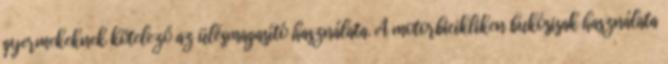
gyermekeknek kötelező az ülésmagasító használata. A motorbicikliken bukósisak használata